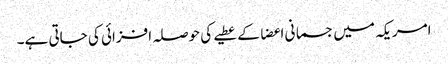
امریکہ میں جسمانی اعضا کے عطیے کی حوصلہ افزائی کی جاتی ہے۔